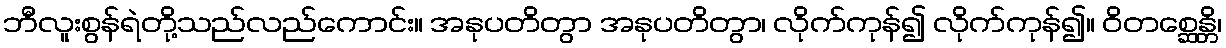
ဘီလူးစွန်ရဲတို့သည်လည်ကောင်း။ အနုပတိတွာ အနုပတိတွာ၊ လိုက်ကုန်၍ လိုက်ကုန်၍။ ဝိတစ္ဆေန္တိ၊